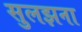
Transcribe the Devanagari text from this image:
सुलझना